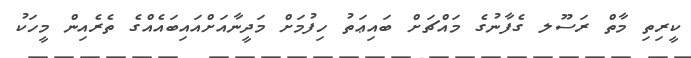
ކީރިތި މާތް ރަސޫލ ގެފާނުގެ މައްޗަށް ބައިޢަތު ހިފުމަށް މަދީނާއަށްއައިބައެއްގެ ތެރެއިން މީހަކު